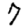
Digit: 7